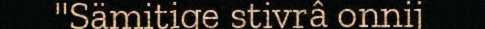
"Sämitige stivrâ onnij